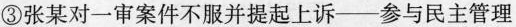
③张某对一审案件不服并提起上诉——参与民主管理